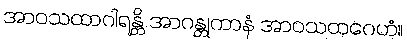
အာဝသထာဂါရန္တိ အာဂန္တုကာနံ အာဝသထဂေဟံ။